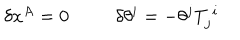
\begin{array} { c c } { { \delta x ^ { A } = 0 } } & { { \delta \theta ^ { i } = - \theta ^ { j } T _ { j } ^ { ~ i } } } \\ \end{array}